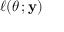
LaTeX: \ell ( \theta \, ; \mathbf { y } )